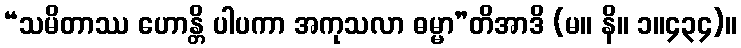
“သမိတာဿ ဟောန္တိ ပါပကာ အကုသလာ ဓမ္မာ”တိအာဒိ (မ။ နိ။ ၁။၄၃၄)။